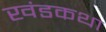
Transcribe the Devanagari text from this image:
खंडकथा